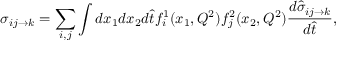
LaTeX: \sigma _ { i j \rightarrow k } = \sum _ { i , j } \int d x _ { 1 } d x _ { 2 } d { \hat { t } } f _ { i } ^ { 1 } ( x _ { 1 } , Q ^ { 2 } ) f _ { j } ^ { 2 } ( x _ { 2 } , Q ^ { 2 } ) { \frac { d { \hat { \sigma } } _ { i j \rightarrow k } } { d { \hat { t } } } } ,